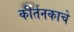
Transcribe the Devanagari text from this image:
कीर्तनकाचे